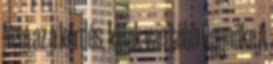
Nem az a kérdés, kinek van több ügynöke A